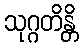
သုဂ္ဂတိန္တိ